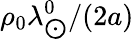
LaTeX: \rho_{0}\lambda_{\bigodot}^{0}/(2a)